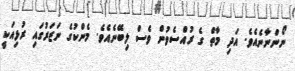
ނޯންނާނެއެވެ. އަދި މާތް ގެ ރުއްސެވުން ވެސް ލިބޭނެއެވެ. މެންކުގެ ނަޒަރުގައި ރުޅިއަކީ